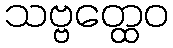
သဗ္ဗတ္ထေဝ